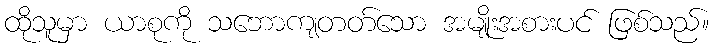
ထိုသူမှာ ယာစုကို သဘောကျတတ်သော အမျိုးအစားပင် ဖြစ်သည်။